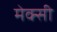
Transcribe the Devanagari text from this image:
मेक्सी